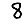
Digit: 8